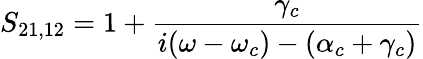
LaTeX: S_{21,12}=1+\frac{\gamma_{c}}{i(\omega-\omega_{c})-(\alpha_{c}+\gamma_{c})}